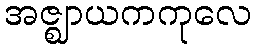
အဇ္ဈာယကကုလေ